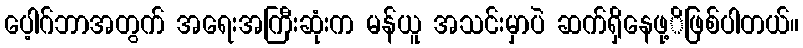
ပေ့ါဂ်ဘာအတွက် အရေးအကြီးဆုံးက မန်ယူ အသင်းမှာပဲ ဆက်ရှိနေဖု့ိဖြစ်ပါတယ်။